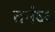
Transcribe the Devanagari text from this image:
तनंऽऽ